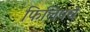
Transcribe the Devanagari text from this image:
फिलिपचे